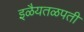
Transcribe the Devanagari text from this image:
इळैयतळपती